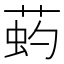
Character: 𦵈